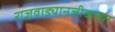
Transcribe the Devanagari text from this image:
राजवाड्यानजीकच्या